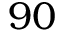
9 0